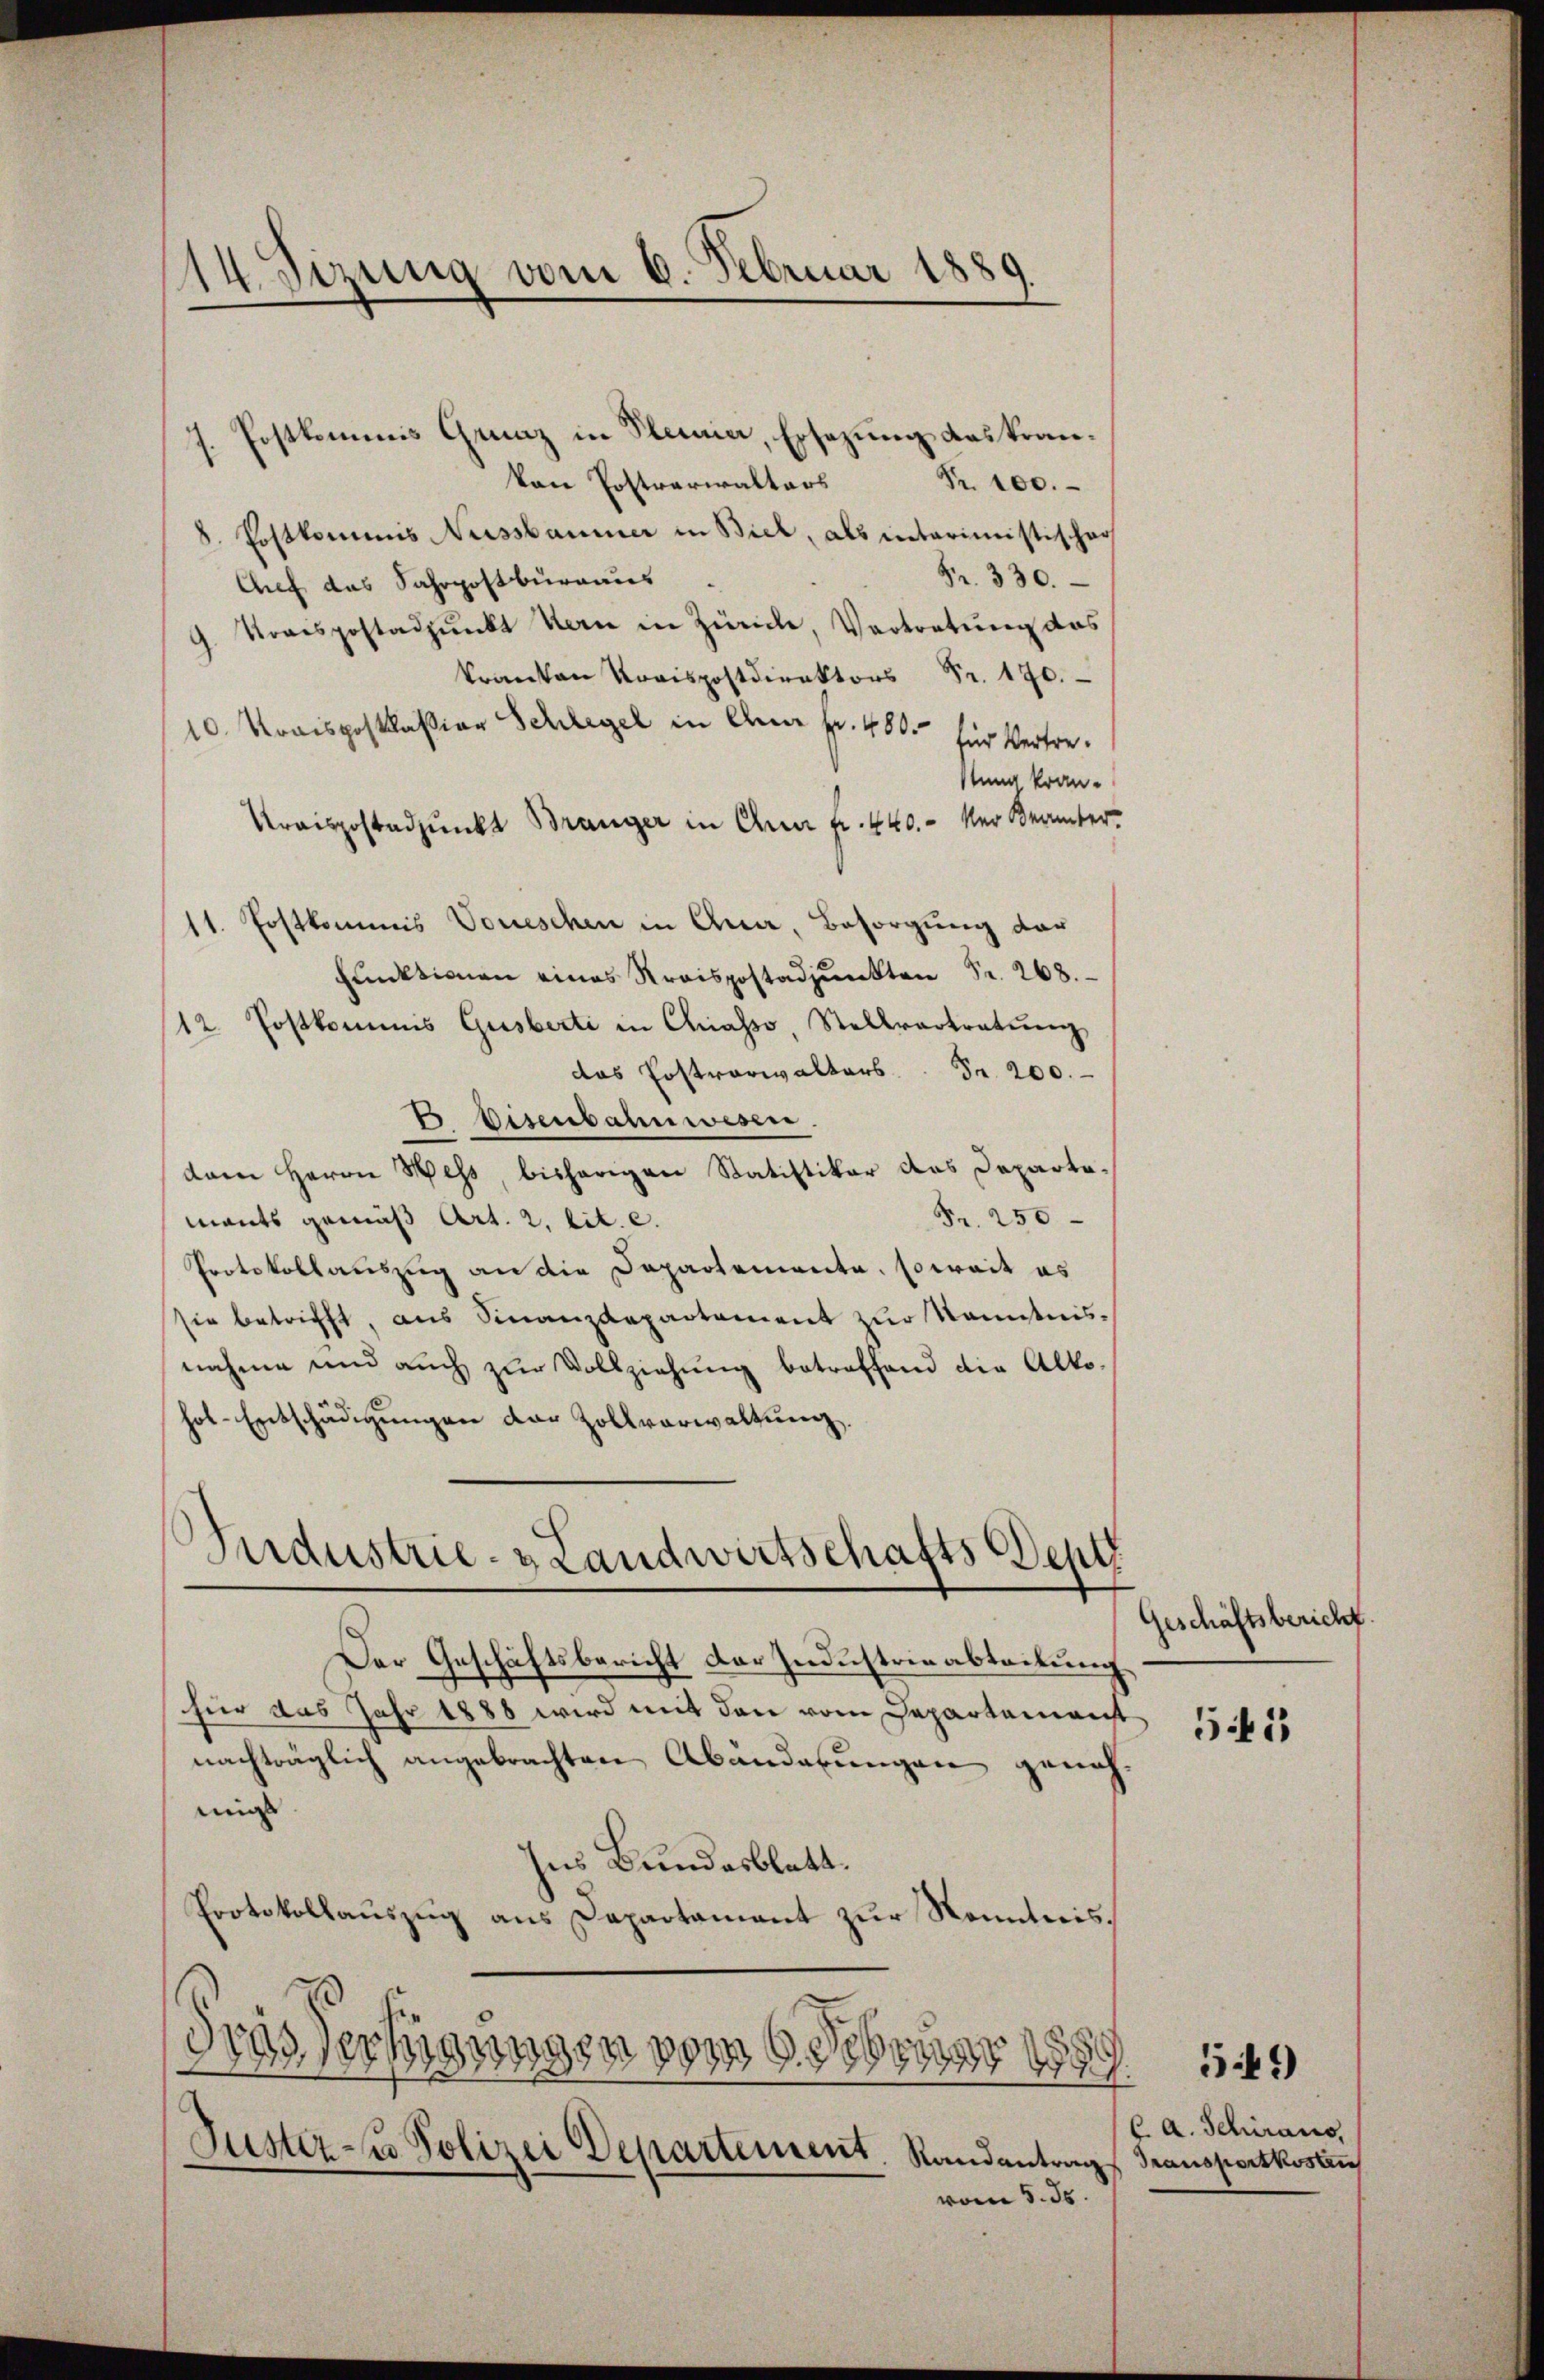
14. Sizung vom 6. Februar 1889.

7. Postkommis Graz in Plenia, Ersezung das krankon Postrarialtars
Nr. 100.
8. Postkommis Nussbaumer in Biel, als interimistischer
Fr. 330.
Chef das Fahrpostburgaus
Krrispostadpunkt Kern in Zürich, Vertretung das
kranken Kraispostdirektors Fr. 170.
10. Kraisposklassian Schlegel in elen Fr. 480. für Vertrestung kran¬
Kraispostadjunkt Branger in Ana Fr. 440.- der Berinter¬
11. Postkommis Voueschen in Quar, Besorgung dar
Funktionen eines Kreispostadjunkten Fr. 268.
12. Postkommis Gasberti in Chiasso, Stellvertretung
das Postverwalters Fr. 200.
 Eisenbahnwesen.
dam Herrn Wess, bisherigen Statistiker das Departa-
Fr. 250
mants gemäß Art. 2. lit. c.
Protokollauszug an die Departemente, soweit es
sie betrifft, aus Finanzdepartement zŭr Kenntnis-
nahme und auch zur Vollziehung betreffend die Altohol-Entschädigungen der Zollverwaltung.

Industrie- & Landwirtschafts Sept.

Der Geschäftsbericht der Industrieabtockung
für das Jahr 1888 wird mit den vom Departemonst 17 f 56
nachträglich angebrachten Abänderungen genehmig
hus Bundesblatt.
Protokollauszug aus Departament zur Kenntnis¬
Gras Vertigungen vom 6. Februar 1889.
Justiz- u Polizei Departement, Randantrag Transportkostru
vom 5. ds.

geschäftsbericht.

549)

Ca. Schiraus,